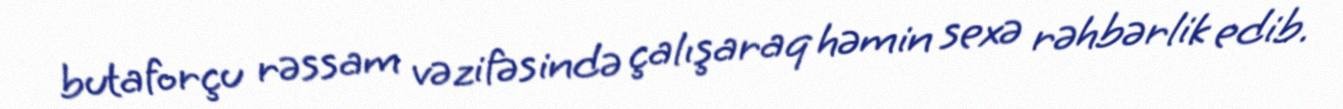
butaforçu rəssam vəzifəsində çalışaraq həmin sexə rəhbərlik edib.